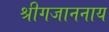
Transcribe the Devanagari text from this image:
श्रीगजाननाय